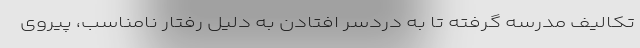
تکالیف مدرسه گرفته تا به دردسر افتادن به دلیل رفتار نامناسب، پیروی